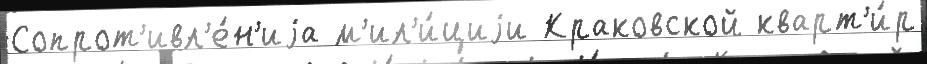
Сопрот'ивл'е́н'иjа м'ил'и́циjи Краковской кварт'и́р